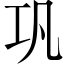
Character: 巩